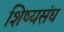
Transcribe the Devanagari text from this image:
शिष्यसंघ